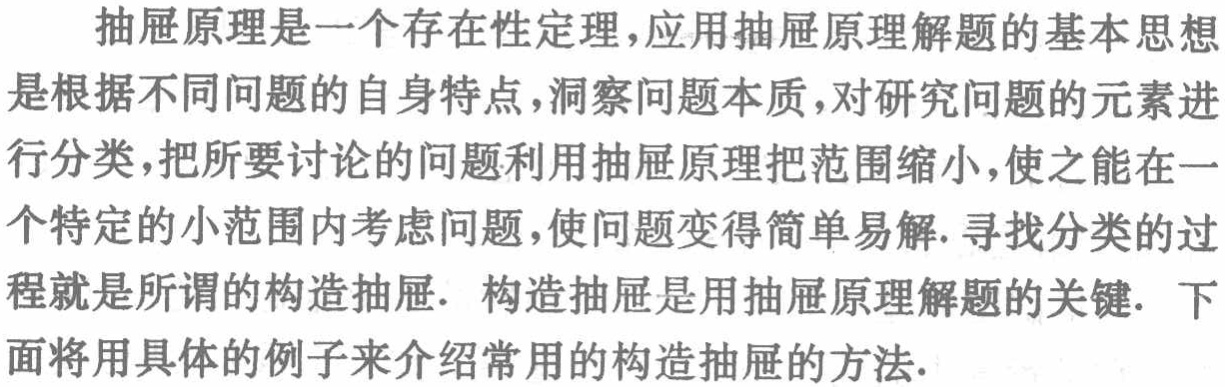
抽屉原理是一个存在性定理,应用抽屉原理解题的基本思想是根据不同问题的自身特点,洞察问题本质,对研究问题的元素进行分类,把所要讨论的问题利用抽屉原理把范围缩小,使之能在一个特定的小范围内考虑问题,使问题变得简单易解. 寻找分类的过程就是所谓的构造抽屉. 构造抽屉是用抽屉原理解题的关键. 下面将用具体的例子来介绍常用的构造抽屉的方法.